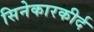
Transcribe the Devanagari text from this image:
सिनेकारकीर्द